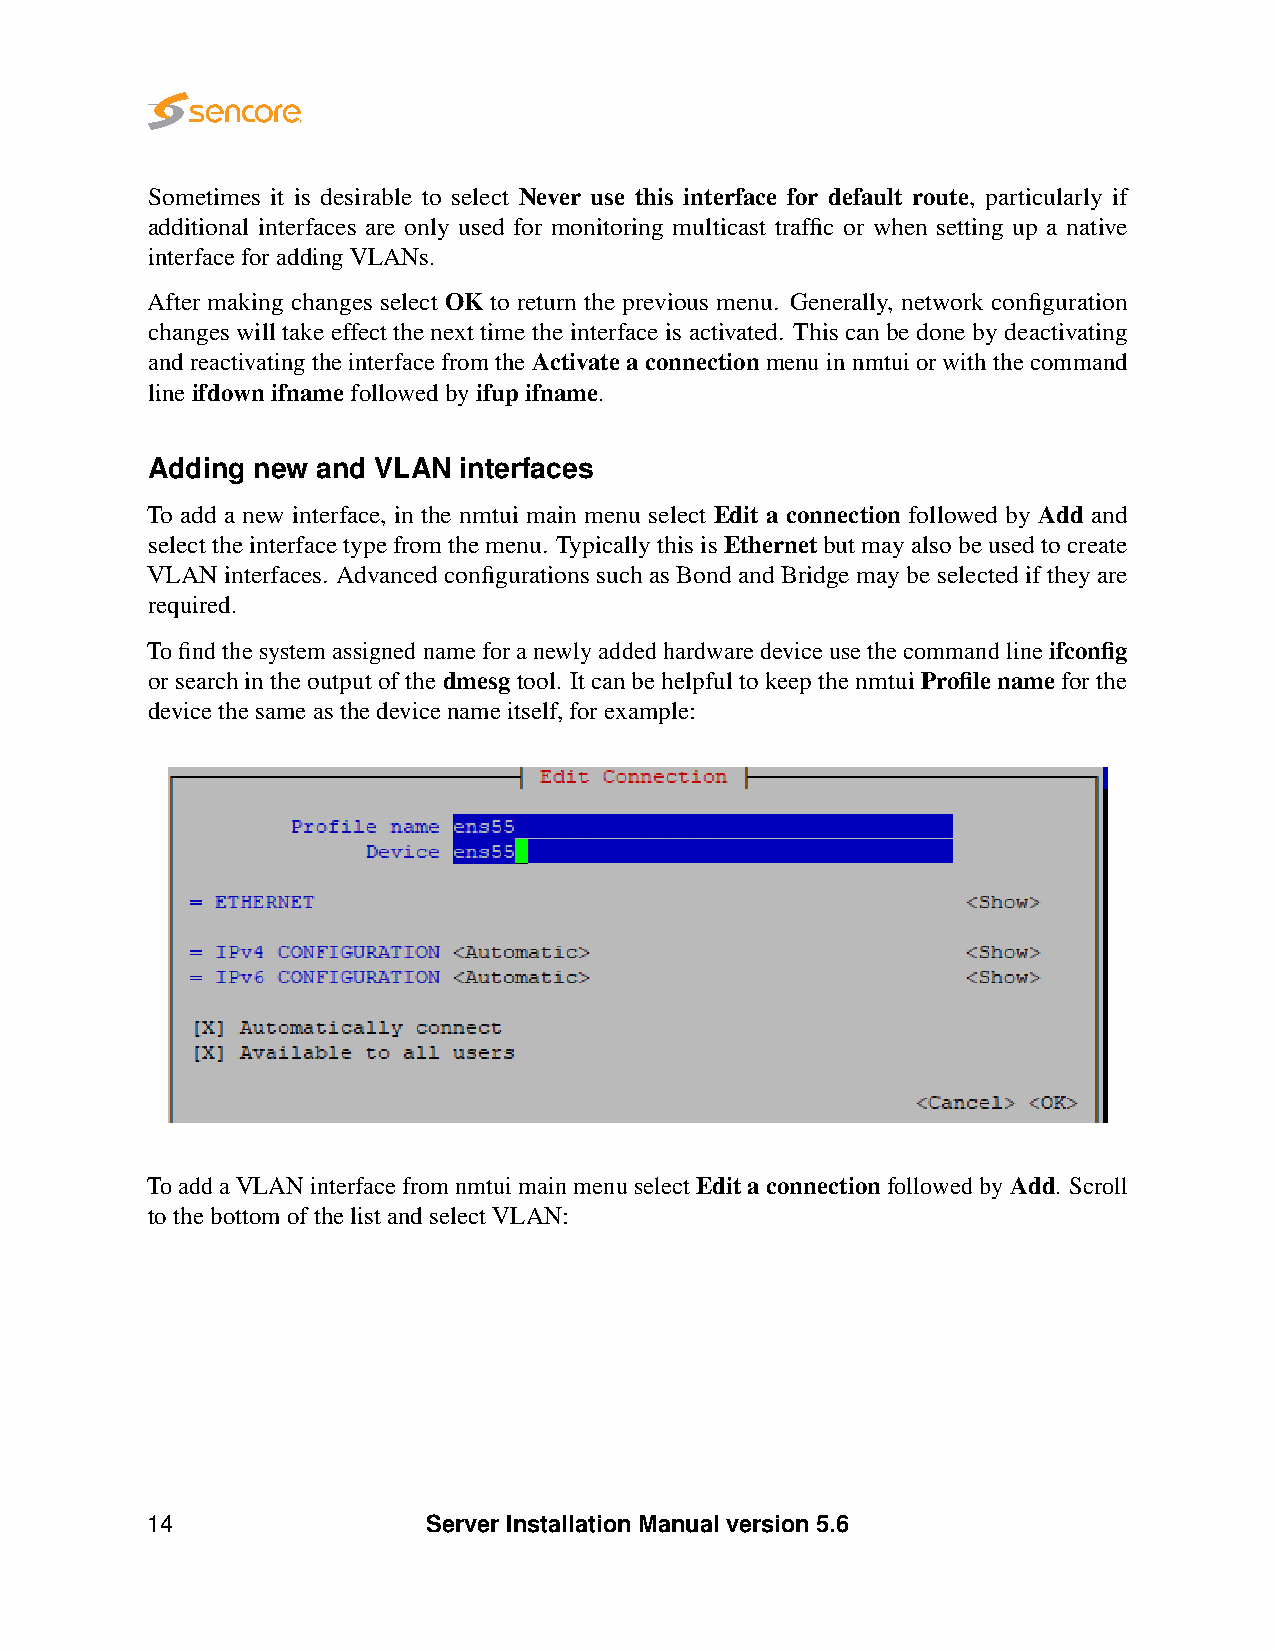
Sometimes it is desirable to select Never use this interface for default route, particularly if
 additional interfaces are only used for monitoring multicast traffic or when setting up a native
 interfaceforaddingVLANs.
 After making changes select OK to return the previous menu. Generally, network configuration
 changes will take effect the next time the interface is activated. This can be done by deactivating
 andreactivatingtheinterfacefromtheActivateaconnectionmenuinnmtuiorwiththecommand
 lineifdownifnamefollowedbyifupifname.
 Adding new and VLAN interfaces
 To add a new interface, in the nmtui main menu select Edit a connection followed by Add and
 selecttheinterfacetypefromthemenu. TypicallythisisEthernetbutmayalsobeusedtocreate
 VLAN interfaces. Advanced configurations suchas Bond and Bridgemay be selected iftheyare
 required.
 Tofindthesystemassignednameforanewlyaddedhardwaredeviceusethecommandlineifconfig
 orsearchintheoutputofthedmesgtool. ItcanbehelpfultokeepthenmtuiProfilenameforthe
 devicethesameasthedevicenameitself,forexample:
 ToaddaVLANinterfacefromnmtuimainmenuselectEditaconnectionfollowedbyAdd. Scroll
 tothebottomofthelistandselectVLAN:
 14                Server Installation Manual version 5.6